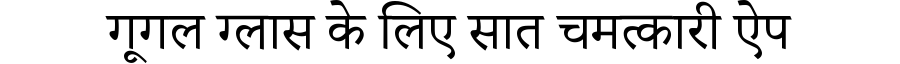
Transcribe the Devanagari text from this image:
गूगल ग्लास के लिए सात चमत्कारी ऐप